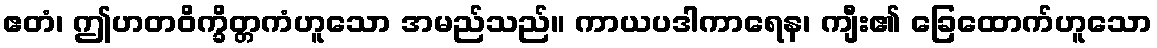
ဧတံ၊ ဤဟတဝိက္ခိတ္တကံဟူသော အမည်သည်။ ကာယပဒါကာရေန၊ ကျီး၏ ခြေထောက်ဟူသော